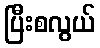
ပြီးစလွယ်